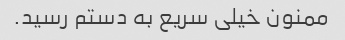
ممنون خیلی سریع به دستم رسید.